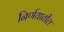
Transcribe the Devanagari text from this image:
निर्णयातील